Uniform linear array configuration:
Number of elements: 12
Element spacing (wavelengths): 1
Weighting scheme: uniform
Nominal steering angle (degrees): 45
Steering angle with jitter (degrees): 44.852
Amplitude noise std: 0.05
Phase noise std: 0.05

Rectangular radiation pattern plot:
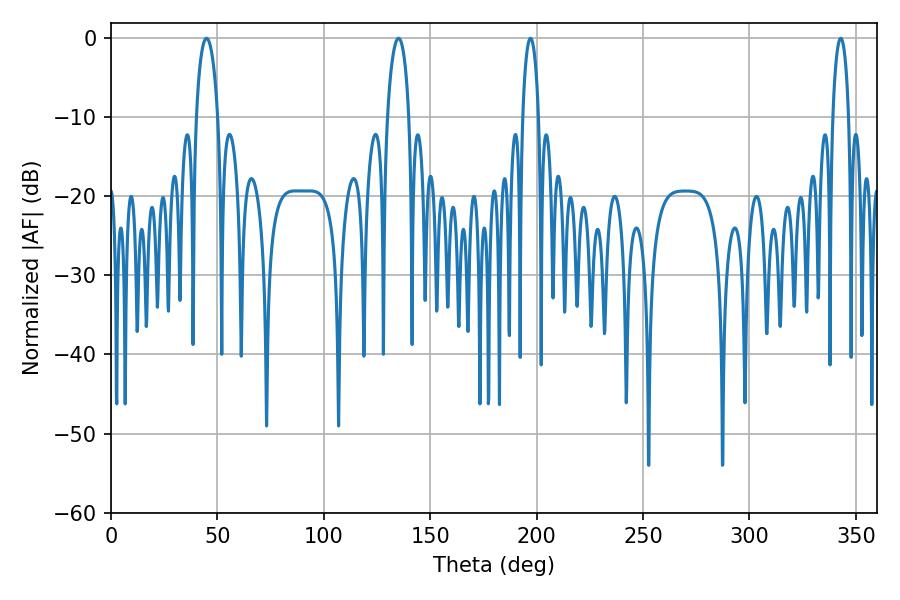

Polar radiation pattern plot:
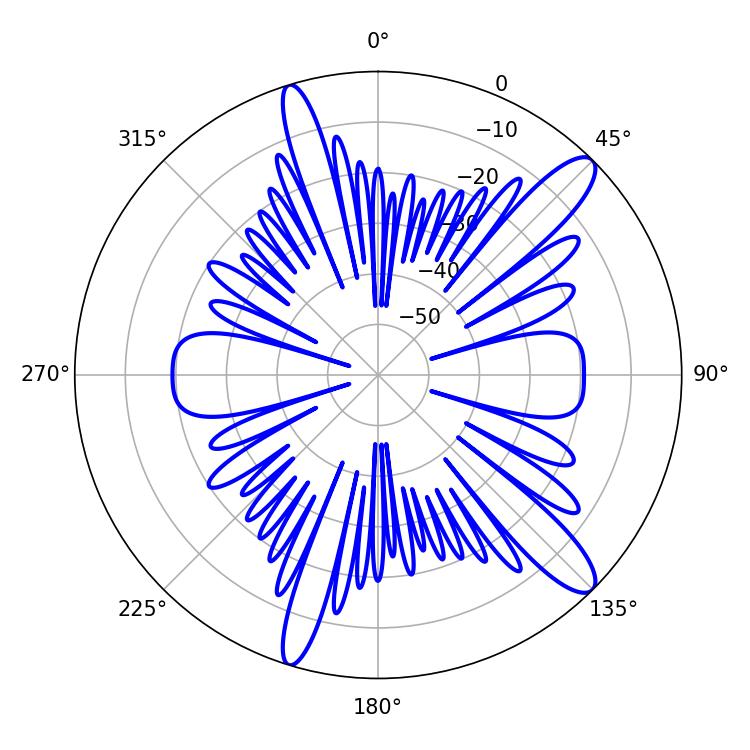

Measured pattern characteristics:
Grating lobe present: TRUE
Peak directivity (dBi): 12.494
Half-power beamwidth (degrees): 4.32
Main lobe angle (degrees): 197.1